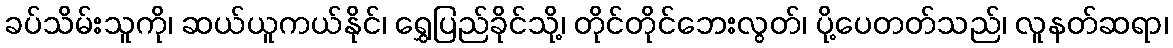
ခပ်သိမ်းသူကို၊ ဆယ်ယူကယ်နိုင်၊ ရွှေပြည်ခိုင်သို့၊ တိုင်တိုင်ဘေးလွတ်၊ ပို့ပေတတ်သည်၊ လူနတ်ဆရာ၊